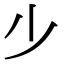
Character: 𣥂